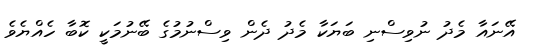
އޭނައާ މެދު ނުވިސްނި ބަޔަކާ މެދު ދެން ވިސްނުމުގެ ބޭނުމަކީ ކޮބާ ހެއްޔެވެ